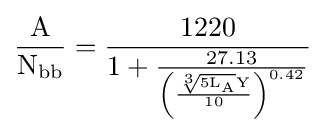
{\frac {\text{A}}{{\text{N}}_{\text{bb}}}}={\frac {1220}{1+{\frac {27.13}{\left({\frac {{\sqrt[{3}]{5{\text{L}}_{\text{A}}}}{\text{Y}}}{10}}\right)^{0.42}}}}}